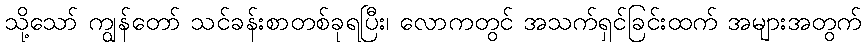
သို့သော် ကျွန်တော် သင်ခန်းစာတစ်ခုရပြီး၊ လောကတွင် အသက်ရှင်ခြင်းထက် အများအတွက်